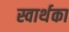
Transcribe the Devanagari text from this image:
स्वार्थका